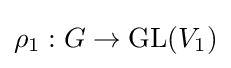
\rho _{1}:G\to {\text{GL}}(V_{1})